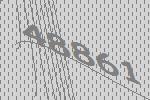
48861